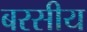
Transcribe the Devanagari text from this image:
बरसीय